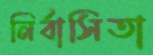
নির্বাসিতা